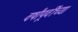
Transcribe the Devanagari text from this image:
वर्षांपूर्वींच्या